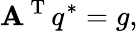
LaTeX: \mathbf{A}^{\mathrm{{~T~}}}q^{*}=g,